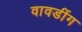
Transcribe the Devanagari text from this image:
वावडींग